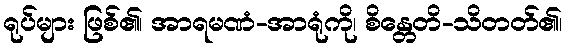
ရုပ်များ ဖြစ်၏၊ အာရမဏံ-အာရုံကို၊ စိန္တေတိ-သိတတ်၏၊